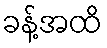
ခန့်အထိ